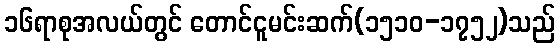
၁၆ရာစုအလယ်တွင် တောင်ငူမင်းဆက်(၁၅၁၀-၁၇၅၂)သည်